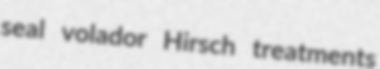
seal volador Hirsch treatments